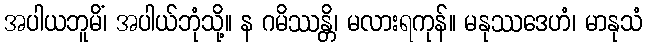
အပါယဘူမိံ၊ အပါယ်ဘုံသို့။ န ဂမိဿန္တိ၊ မလားရကုန်။ မနုဿဒေဟံ၊ မာနုသံ